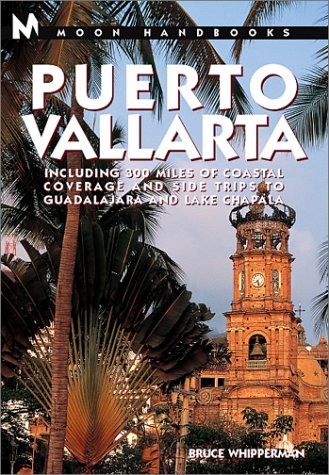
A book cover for Puerto Vallarta: Including 300 Miles of Coastal Coverage and Sidetrips to Guadelajara and Lake Chapala; Bruce Whipperman; Travel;